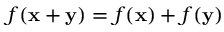
f ( \mathbf { x } + \mathbf { y } ) = f ( \mathbf { x } ) + f ( \mathbf { y } )